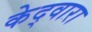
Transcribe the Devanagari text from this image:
केद्वारा